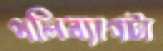
পলিব্যাগটা